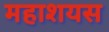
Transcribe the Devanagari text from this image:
महाशयस